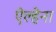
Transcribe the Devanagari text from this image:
ऐल्हेना